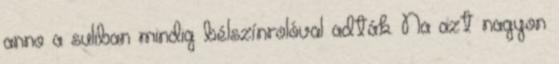
anno a suliban mindig bélszínrolóval adták. Na azt nagyon